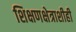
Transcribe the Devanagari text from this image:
शिक्षणक्षेत्राशीही